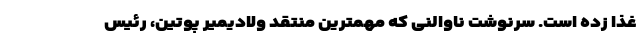
غذا زده است. سرنوشت ناوالنی که مهمترین منتقد ولادیمیر پوتین، رئیس